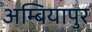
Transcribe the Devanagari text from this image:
अम्बियापुर